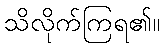
သိလိုက်ကြရ၏။